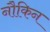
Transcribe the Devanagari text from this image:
नौकिन